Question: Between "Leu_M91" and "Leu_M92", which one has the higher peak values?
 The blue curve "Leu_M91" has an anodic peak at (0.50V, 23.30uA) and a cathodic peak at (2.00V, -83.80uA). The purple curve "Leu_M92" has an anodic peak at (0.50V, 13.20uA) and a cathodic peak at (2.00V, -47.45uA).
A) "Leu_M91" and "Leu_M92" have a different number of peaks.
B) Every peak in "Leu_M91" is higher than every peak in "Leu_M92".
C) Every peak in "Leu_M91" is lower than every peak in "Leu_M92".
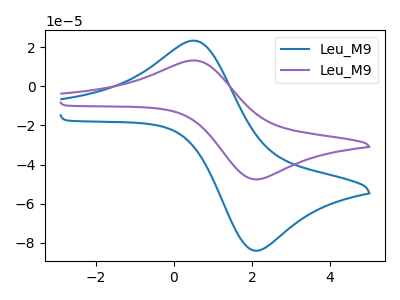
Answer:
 <answer>B) Every peak in "Leu_M91" is higher than every peak in "Leu_M92".</answer>
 <eval>B</eval>